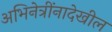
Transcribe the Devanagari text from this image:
अभिनेत्रींनादेखील